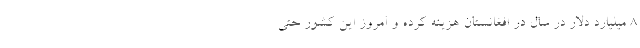
8 ميليارد دلار در سال در افغانستان هزينه كرده و امروز اين كشور حتي